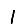
Digit: 1